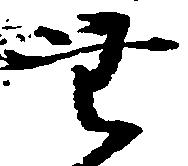
無